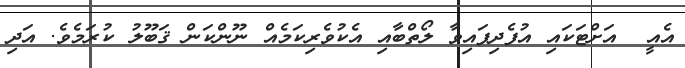
އެއީ  އަށްޓަކައި އުފެދިފައިވާ ލޯތްބާއި އެކުވެރިކަމެއް ނޫންކަން ޤަބޫލު ކުރަމެވެ. އަދި